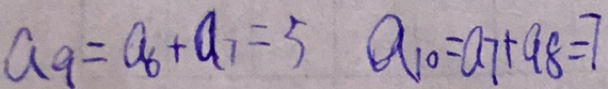
a _ { 9 } = a _ { 6 } + a _ { 7 } = 5 a _ { 1 0 } = a _ { 7 } + a _ { 8 } = 7